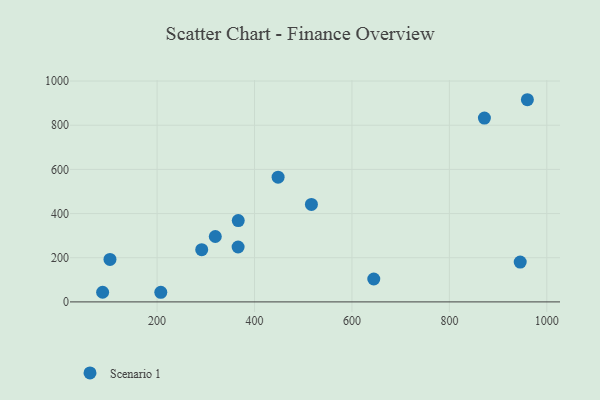
{"axis": {"x": "Study Hours", "y": "Profit"}, "legend": ["Scenario 1"], "data": [{"x": "103.3", "y": 192.5, "type": "Scenario 1"}, {"x": "366.6", "y": 368.3, "type": "Scenario 1"}, {"x": "88.2", "y": 43.8, "type": "Scenario 1"}, {"x": "945.4", "y": 180.5, "type": "Scenario 1"}, {"x": "960.1", "y": 915.5, "type": "Scenario 1"}, {"x": "448.4", "y": 564.9, "type": "Scenario 1"}, {"x": "366.3", "y": 248.6, "type": "Scenario 1"}, {"x": "644.8", "y": 103.7, "type": "Scenario 1"}, {"x": "207.6", "y": 43.6, "type": "Scenario 1"}, {"x": "871.9", "y": 832.2, "type": "Scenario 1"}, {"x": "291.6", "y": 236.6, "type": "Scenario 1"}, {"x": "319.5", "y": 296.1, "type": "Scenario 1"}, {"x": "516.8", "y": 441.4, "type": "Scenario 1"}]}